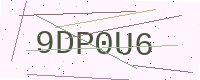
Text: 9DP0U6